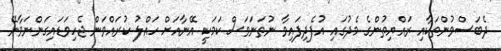
ދެބަސްވުންތަކާއި ރައްޔިތުންގެ މެދުގައި އުފެދިފައިވާ ނުތަނަވަސް ކަމަކީ އޭނާއަށް ހައްލު ކުރައްވަން ޖެހިވަޑައިގަންނަވާނޭ